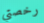
رخصتي